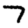
Digit: 7